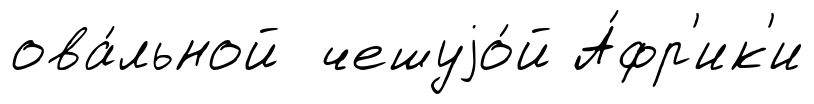
ова́льной чешуjо́й А́фр'ик'и